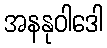
အနနုဝါဒေါ